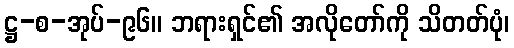
ဋ္ဌ-စ-အုပ်-၉၆။ ဘရားရှင်၏ အလိုတော်ကို သိတတ်ပုံ၊